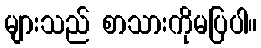
များသည် စာသားကိုမပြပါ။